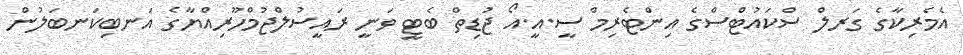
އެމެރިކާގެ ގަރލް ސްކައުޓްސްގެ އިންޓެރިމް ސީ.އީ.އޯ ޖުޑިތް ބެޓީ ވަނީ ރައީސުލްޖުމްހޫރިއްޔާގެ އަނބިކަނބަލުން